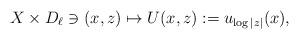
LaTeX: \begin{align*}X\times D_{\ell} \ni (x,z) \mapsto U(x,z) := u_{\log |z|}(x),\end{align*}